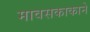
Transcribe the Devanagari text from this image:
मावसकाकाने